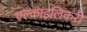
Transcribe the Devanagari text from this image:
एल्काइलिकरी